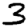
Digit: 3